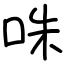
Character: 咮